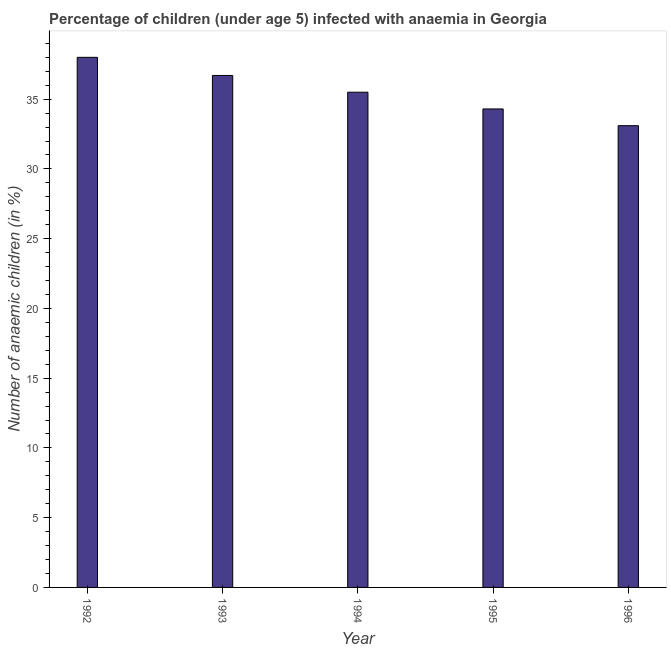
| Year | Prevalence of anemia among children |
 | --- | --- |
 | 1992 | 38 |
 | 1993 | 36.7 |
 | 1994 | 35.5 |
 | 1995 | 34.3 |
 | 1996 | 33.1 |